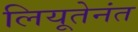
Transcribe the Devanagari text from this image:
लियूतेनंत